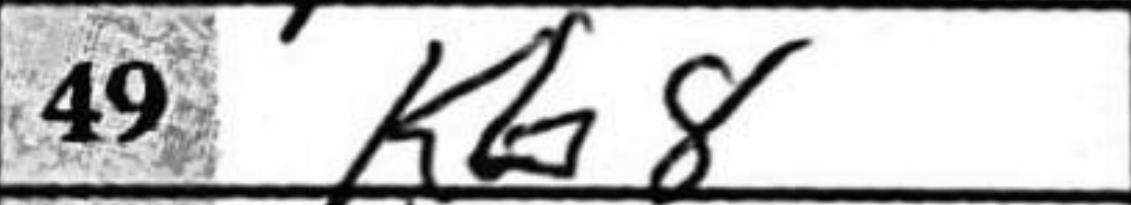
Transcription: Kb8